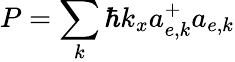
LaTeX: P=\sum_{k}\hbar k_{x}a_{e,k}^{+}a_{e,k}